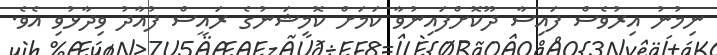
ނިމުނު އިރުވެސް ފައިސާ ދޫކޮށްފައިނުވާ ކަމަށް ކޮމިޝަނުގެ ރައީސް ފުއާދު ވިދާޅުވި އެވެ.